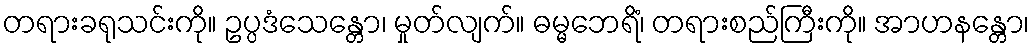
တရားခရုသင်းကို။ ဥပ္ပဒံသေန္တော၊ မှုတ်လျက်။ ဓမ္မဘေရိံ၊ တရားစည်ကြီးကို။ အာဟနန္တော၊